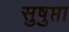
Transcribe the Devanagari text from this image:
सुषुप्ता